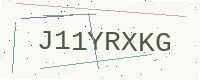
Text: J11YRXKG